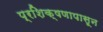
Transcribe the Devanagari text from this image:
प्रशिक्षणापासून